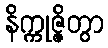
နိက္ကုဇ္ဇိတွာ